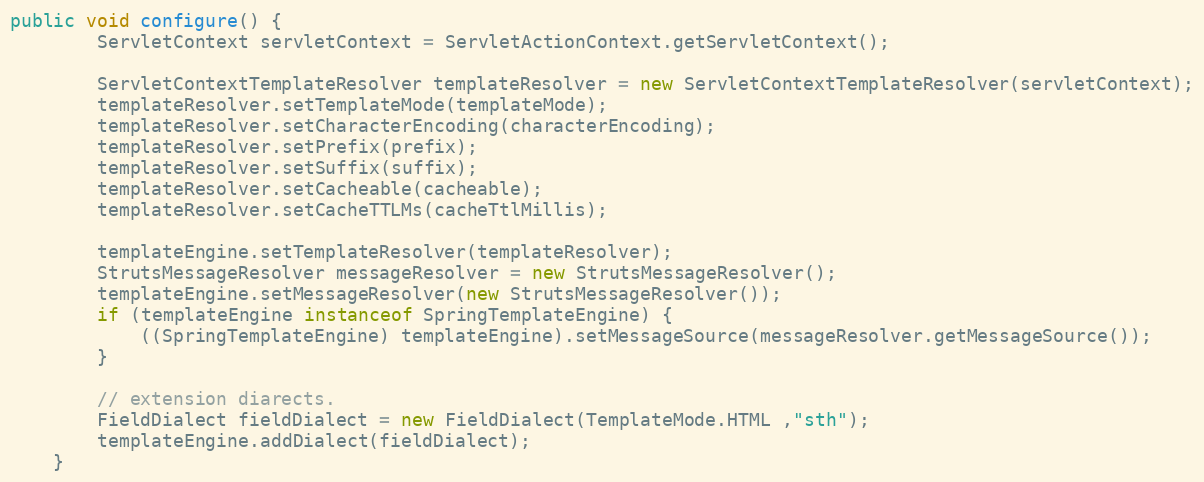
Language: Java
public void configure() {
		ServletContext servletContext = ServletActionContext.getServletContext();

		ServletContextTemplateResolver templateResolver = new ServletContextTemplateResolver(servletContext);
		templateResolver.setTemplateMode(templateMode);
		templateResolver.setCharacterEncoding(characterEncoding);
		templateResolver.setPrefix(prefix);
		templateResolver.setSuffix(suffix);
		templateResolver.setCacheable(cacheable);
		templateResolver.setCacheTTLMs(cacheTtlMillis);

		templateEngine.setTemplateResolver(templateResolver);
		StrutsMessageResolver messageResolver = new StrutsMessageResolver();
		templateEngine.setMessageResolver(new StrutsMessageResolver());
		if (templateEngine instanceof SpringTemplateEngine) {
			((SpringTemplateEngine) templateEngine).setMessageSource(messageResolver.getMessageSource());
		}

		// extension diarects.
		FieldDialect fieldDialect = new FieldDialect(TemplateMode.HTML ,"sth");
		templateEngine.addDialect(fieldDialect);
	}